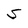
Character: S